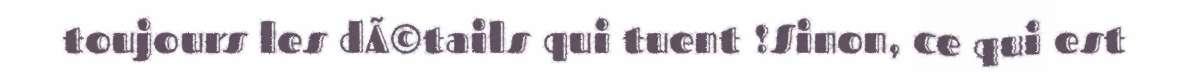
toujours les dÃ©tails qui tuent !Sinon, ce qui est